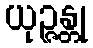
ယုဉ္ဇန္တု